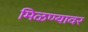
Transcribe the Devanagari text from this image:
मिळण्यावर